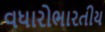
વધારોભારતીય